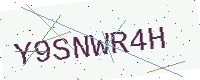
Text: Y9SNWR4H